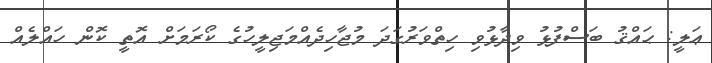
ޢަލީ: ޙައްޤު ބަސްފުޅު ވިދާޅުވި ހިތްވަރުގަދަ މުޖާހިދެއްމަޖިލީހުގެ ކޯރަމަށް އޮތީ ކޮން ހައްލެއް